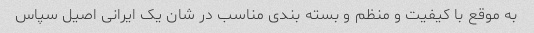
به موقع با کیفیت و منظم و بسته بندی مناسب در شان یک ایرانی اصیل سپاس